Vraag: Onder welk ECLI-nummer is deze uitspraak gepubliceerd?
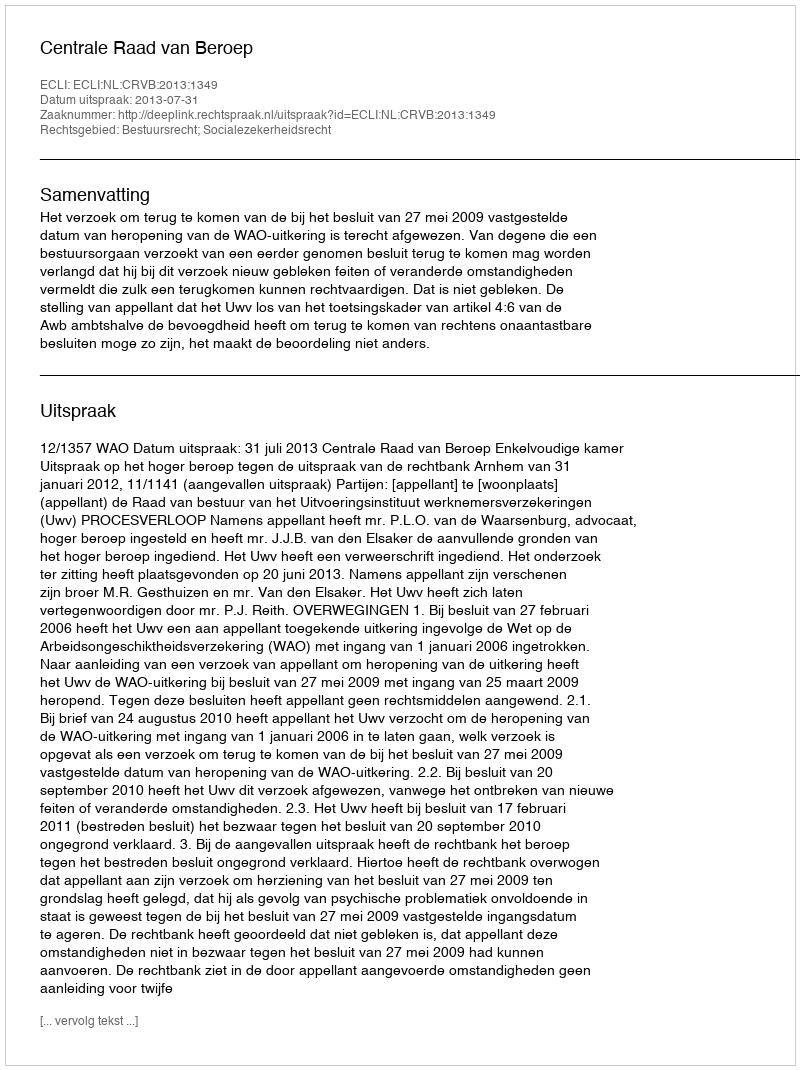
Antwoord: ECLI:NL:CRVB:2013:1349